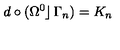
d \circ ( \Omega ^ { 0 } \! \! \left. \right\rfloor \Gamma _ { n } ) = K _ { n }